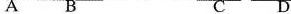
A B C D